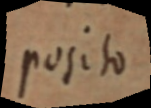
posito